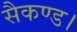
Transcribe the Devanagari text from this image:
सैकण्ड।